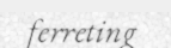
ferreting